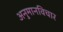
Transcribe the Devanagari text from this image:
अनुमानविचार